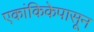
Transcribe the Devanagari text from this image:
एकांकिकेपासून